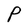
Character: P